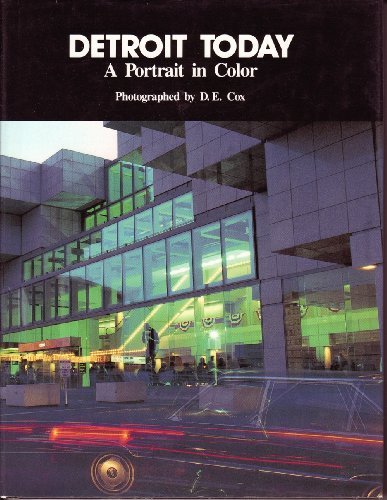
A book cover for Detroit Today; D. Cox; Travel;